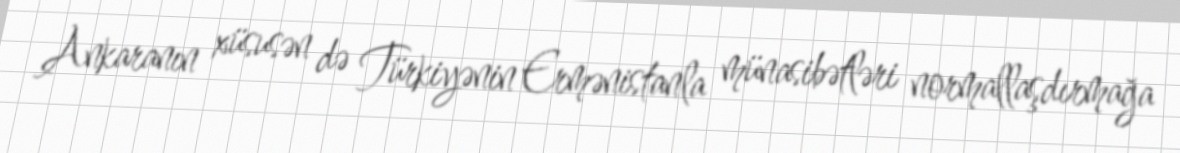
Ankaranın xüsusən də Türkiyənin Ermənistanla münasibətləri normallaşdırmağa